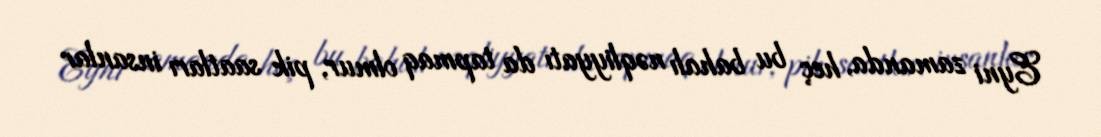
Eyni zamanda, heç bu bahalı nəqliyyatı da tapmaq olmur, pik saatları insanlar